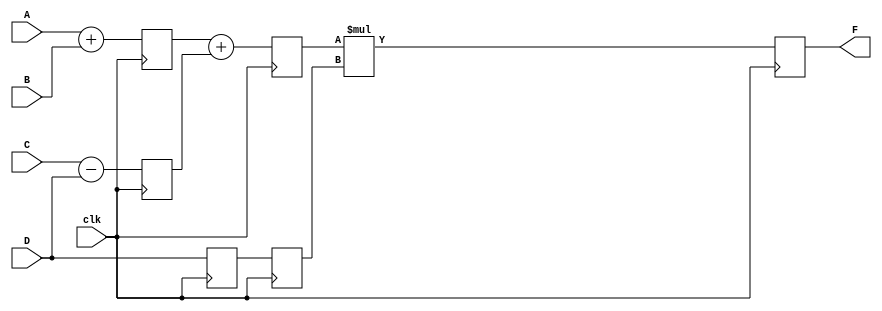
//Pipelining example - 1
//A combinational logic system with :
//Four N-bit unsigned numbers A,B,C and D ans inputs
//An N-bit number F as output
//The logic is given in three stages:
// S1 : x1 = A+B; x2 = C-D;
// S2 : x3 = x1+x2;
// S3 : F = x3*D;

module pipe1(
    F,A,B,C,D,clk
);

parameter N = 8;

output [N-1:0] F;
input [N-1:0] A,B,C,D;
input clk;

reg [N-1:0] L12_x1, L12_x2, L12_D, L23_x3, L23_D, L34_F;

assign F = L34_F;    // assigning the output reg to wire output F

//stage 1
always @(posedge clk)
begin
    L12_x1 <= #4 A + B;
    L12_x2 <= #4 C - D;
    L12_D  <= D;
end

//stage 2
always @(posedge clk)
begin
    L23_x3 <= #4 L12_x1 + L12_x2;
    L23_D  <= L12_D;
end

//stage 3
always @(posedge clk)
begin
    L34_F <= #6 L23_x3 * L23_D;
end

endmodule